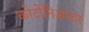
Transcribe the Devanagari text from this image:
कोटोनिअस्टर